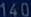
140